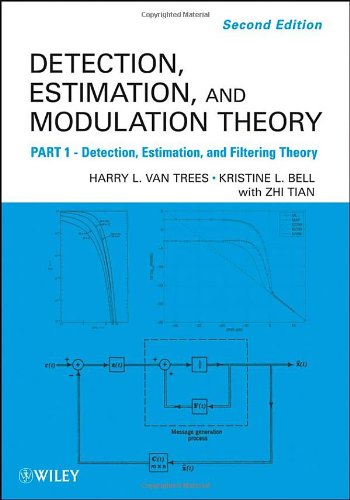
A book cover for Detection Estimation and Modulation Theory, Detection, Estimation, and Filtering Theory; Harry L. Van Trees; Science & Math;